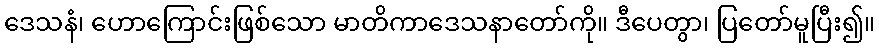
ဒေသနံ၊ ဟောကြောင်းဖြစ်သော မာတိကာဒေသနာတော်ကို။ ဒီပေတွာ၊ ပြတော်မူပြီး၍။